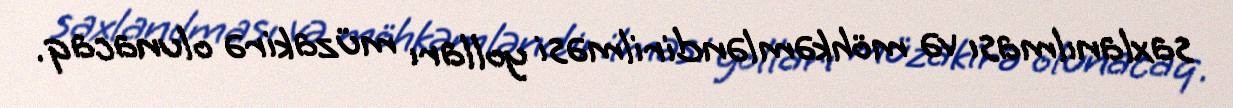
saxlanılması və möhkəmləndirilməsi yolları müzakirə olunacaq.